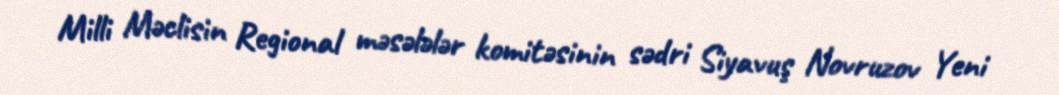
Milli Məclisin Regional məsələlər komitəsinin sədri Siyavuş Novruzov Yeni